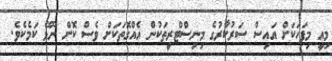
މިއީ މިފަހަކަށް އައިސް ސަރުކާރުގެ މިނިސްޓްރީތަކުން އެއްގޮތަކަށް ވެސް ކޮށް ނޫޅޭ ކަމެކެވެ.